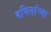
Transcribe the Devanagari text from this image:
वनितांच्या